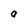
Character: a